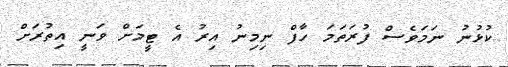
ކުޅުނު ނަމަވެސް ފުރަތަމަ ހާފް ނިމިނު އިރު އެ ޓީމަށް ވަނީ އިތުރަށް